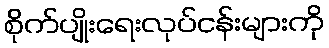
စိုက်ပျိုးရေးလုပ်ငန်းများကို